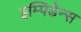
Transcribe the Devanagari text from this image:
इम्पिडेन्स